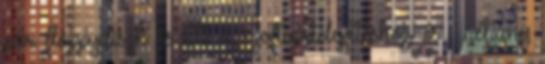
pár floppydiszk és CD a szoftvertelepítéshez, és . néhány